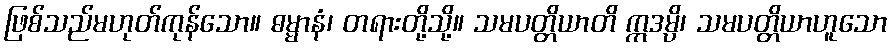
ဖြစ်သည်မဟုတ်ကုန်သော။ ဓမ္မာနံ၊ တရားတို့သို့။ သမပတ္တိယာတိ ဣဒမ္ပိ၊ သမပတ္တိယာဟူသော